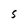
Character: S